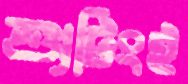
শ্যুটিংই